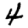
Digit: 4